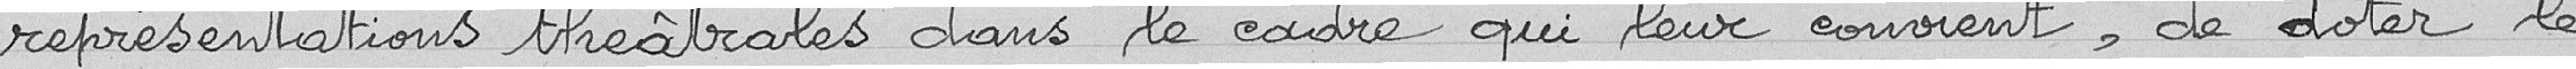
représentations théâtrales dans le cadre qui leur convient, de doter le